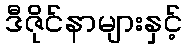
ဒီဇိုင်နာများနှင့်